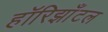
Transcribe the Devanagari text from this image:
हॉरिझाँटल